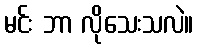
မင်း ဘာ လိုသေးသလဲ။